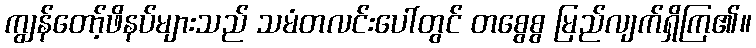
ကျွန်တော့်ဖိနပ်များသည် သမံတလင်းပေါ်တွင် တစွေစွ မြည်လျက်ရှိကြ၏။